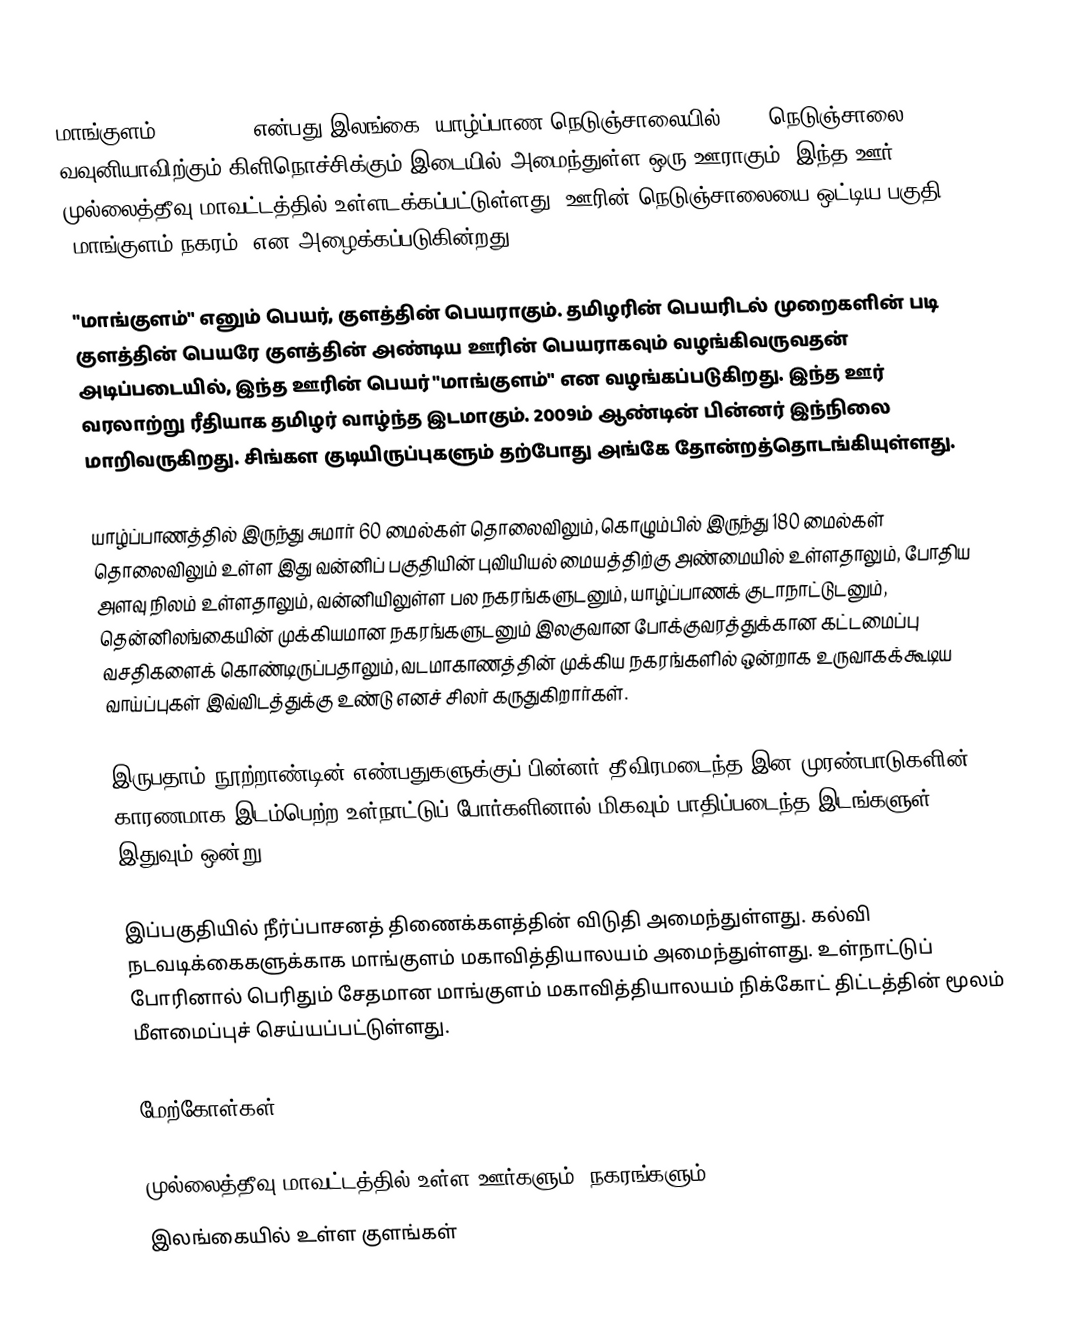
மாங்குளம் (Mankulam) என்பது இலங்கை, யாழ்ப்பாண நெடுஞ்சாலையில் (A-9 நெடுஞ்சாலை) வவுனியாவிற்கும் கிளிநொச்சிக்கும் இடையில் அமைந்துள்ள ஒரு ஊராகும். இந்த ஊர் முல்லைத்தீவு மாவட்டத்தில் உள்ளடக்கப்பட்டுள்ளது. ஊரின் நெடுஞ்சாலையை ஒட்டிய பகுதி "மாங்குளம் நகரம்" என அழைக்கப்படுகின்றது.

"மாங்குளம்" எனும் பெயர், குளத்தின் பெயராகும். தமிழரின் பெயரிடல் முறைகளின் படி குளத்தின் பெயரே குளத்தின் அண்டிய ஊரின் பெயராகவும் வழங்கிவருவதன் அடிப்படையில், இந்த ஊரின் பெயர் "மாங்குளம்" என வழங்கப்படுகிறது. இந்த ஊர் வரலாற்று ரீதியாக தமிழர் வாழ்ந்த இடமாகும். 2009ம் ஆண்டின் பின்னர் இந்நிலை மாறிவருகிறது. சிங்கள குடியிருப்புகளும் தற்போது அங்கே தோன்றத்தொடங்கியுள்ளது.

யாழ்ப்பாணத்தில் இருந்து சுமார் 60 மைல்கள் தொலைவிலும், கொழும்பில் இருந்து 180 மைல்கள் தொலைவிலும் உள்ள இது வன்னிப் பகுதியின் புவியியல் மையத்திற்கு அண்மையில் உள்ளதாலும், போதிய அளவு நிலம் உள்ளதாலும், வன்னியிலுள்ள பல நகரங்களுடனும், யாழ்ப்பாணக் குடாநாட்டுடனும், தென்னிலங்கையின் முக்கியமான நகரங்களுடனும் இலகுவான போக்குவரத்துக்கான கட்டமைப்பு வசதிகளைக் கொண்டிருப்பதாலும், வடமாகாணத்தின் முக்கிய நகரங்களில் ஒன்றாக உருவாகக்கூடிய வாய்ப்புகள் இவ்விடத்துக்கு உண்டு எனச் சிலர் கருதுகிறார்கள்.

இருபதாம் நூற்றாண்டின் எண்பதுகளுக்குப் பின்னர் தீவிரமடைந்த இன முரண்பாடுகளின் காரணமாக இடம்பெற்ற உள்நாட்டுப் போர்களினால் மிகவும் பாதிப்படைந்த இடங்களுள் இதுவும் ஒன்று.

இப்பகுதியில் நீர்ப்பாசனத் திணைக்களத்தின் விடுதி அமைந்துள்ளது. கல்வி நடவடிக்கைகளுக்காக மாங்குளம் மகாவித்தியாலயம் அமைந்துள்ளது. உள்நாட்டுப் போரினால் பெரிதும் சேதமான மாங்குளம் மகாவித்தியாலயம் நிக்கோட் திட்டத்தின் மூலம் மீளமைப்புச் செய்யப்பட்டுள்ளது.

மேற்கோள்கள்

முல்லைத்தீவு மாவட்டத்தில் உள்ள ஊர்களும், நகரங்களும்
இலங்கையில் உள்ள குளங்கள்